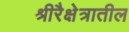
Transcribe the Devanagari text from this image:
श्रीरैक्षेत्रातील